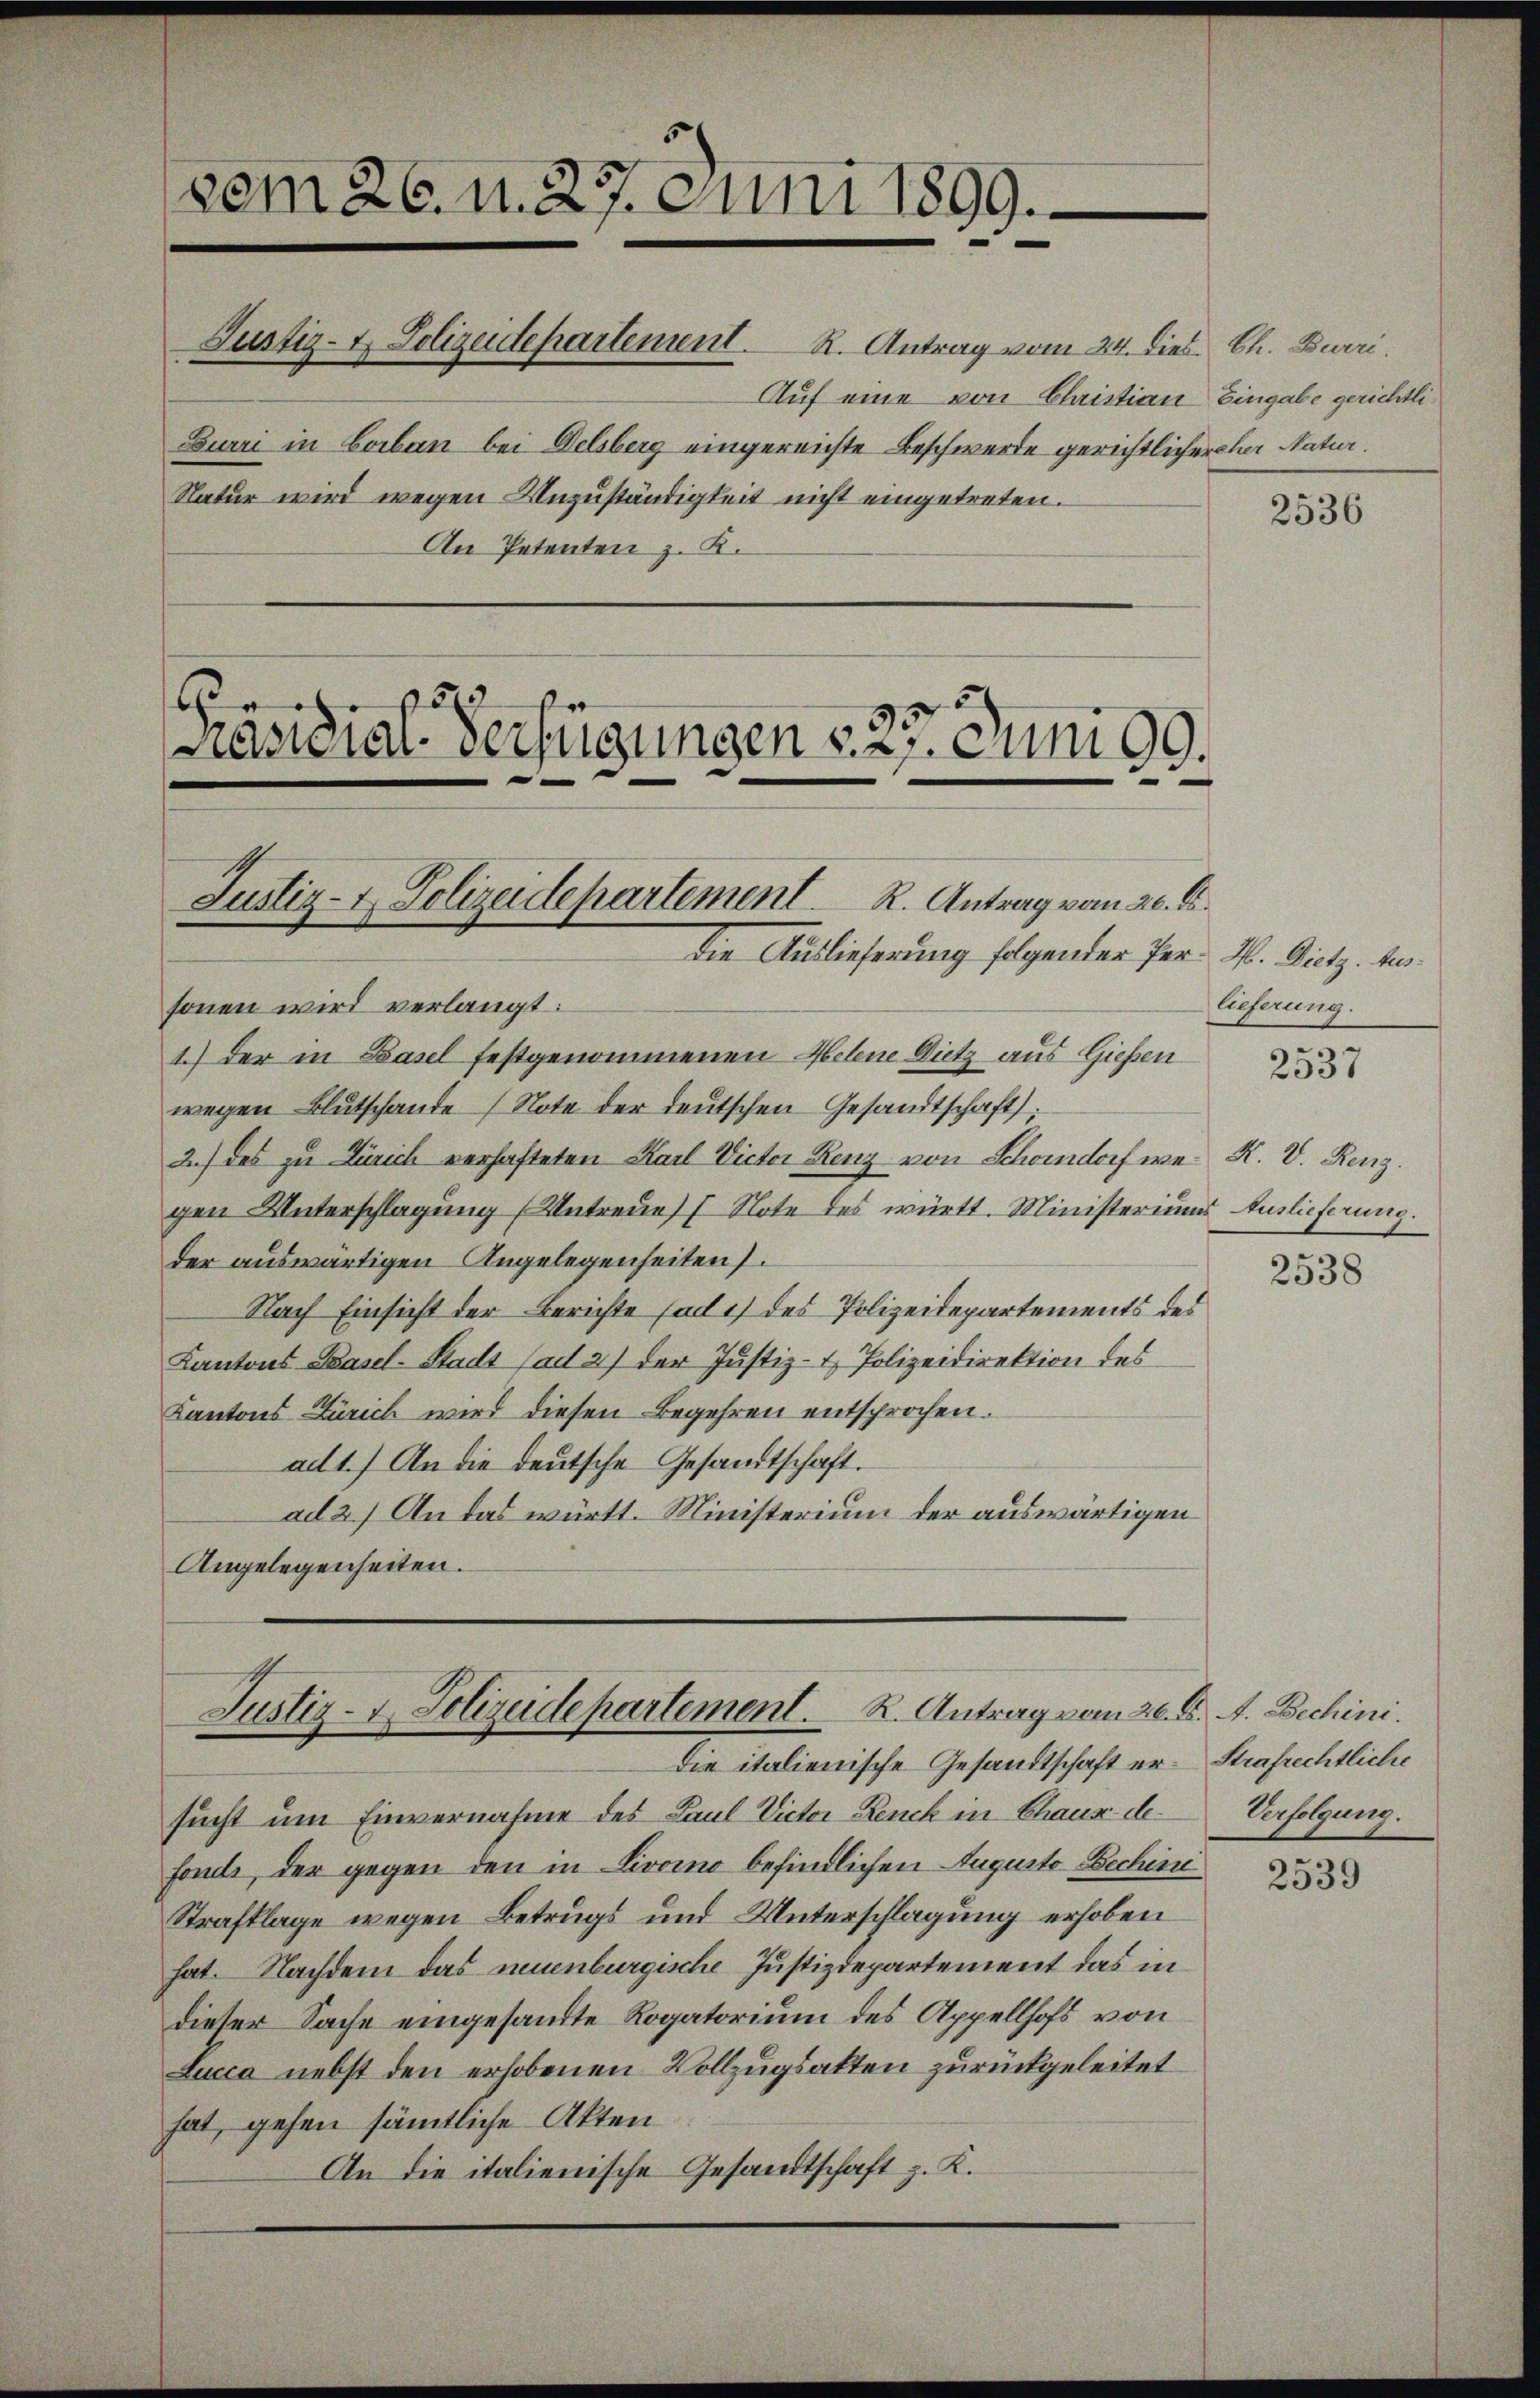
die Auslieferung folgender Per M. Dietz. Aussonen wird verlangt:
1.) Der in Basel festgenommenen Helene Nutz aus Gießen
wegen Blutschande Note der deutschen Gesandtschaft:
2.) des zu Zürich verhafteten Karl Victor Renz von Schondorf we-R. V. Renz.
gen Unterschlagung (Untreue Note des württ. Ministeriums
der auswärtigen Angelegenheiten.
Nach Einsicht der Berichte ad 1) des Polizeidepartements des
Kantons Basel-Stadt (ad 2) der Justiz- & Polizeidirektion des
Kantons Zürich wird diesen Begehren entsprochen.
ad 1.) An die deutsche Gesandtschaft.
ad 2.) An das württ. Ministerium der auswärtigen
Angelegenheiten.

vom 26. n. 27. Juni 1899.
Justiz- & Polizeidepartement. R. Antrag vom 24. dies. Ch. Burri
Burri in Corban bei Delsberg eingereichte Beschwerde gerichtlicherher Natur.
Natur wird wegen Anzuständigkeit nicht eingetreten.
An Petenten z. K.

183
näsidial-Verfügungen v. 27. Juni 99.

.

Justiz- & Polizeidepartement R. Antrag vom 20. d.

Justiz- & Polizeidepartement. K. Antrag vom 26. A. A. Bechini.
Die italienische Gesandtschaft er- Strafrechtliche

Auf eine von Christian Eingabe gerichtli¬

sucht um Einvernahme des Paul Victor Renck in Chaus de
fonds, der gegen den in Livoino befindlichen Augusto Bechini
Strafklage wegen Betrugs und Unterschlagung erhoben
hat. Nachdem das neuenburgische Justizdepartement das in
dieser Sache eingesandte Rogatorium des Appellhofs von
Lucca nebst den erhobenen Vollzugsakten zurückgeleitet
hat, gehen sämmtliche Akten
An die italienische Gesandtschaft z. K.

2536

lieferung.

2537

Auslieferung.

2538

Verfolgung.

2539